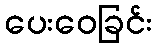
ပေးဝေခြင်း